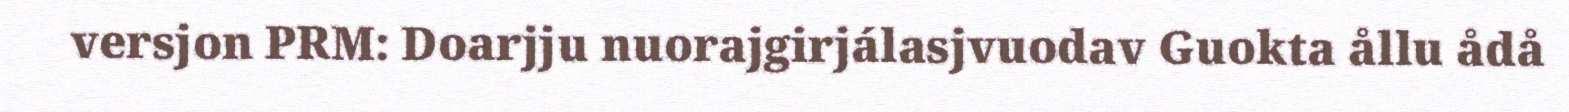
versjon PRM: Doarjju nuorajgirjálasjvuodav Guokta ållu ådå